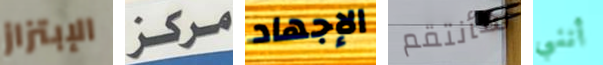
الإبتزاز مركز الإجهاد سأنتقم أنني